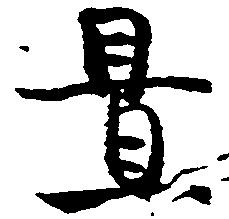
置